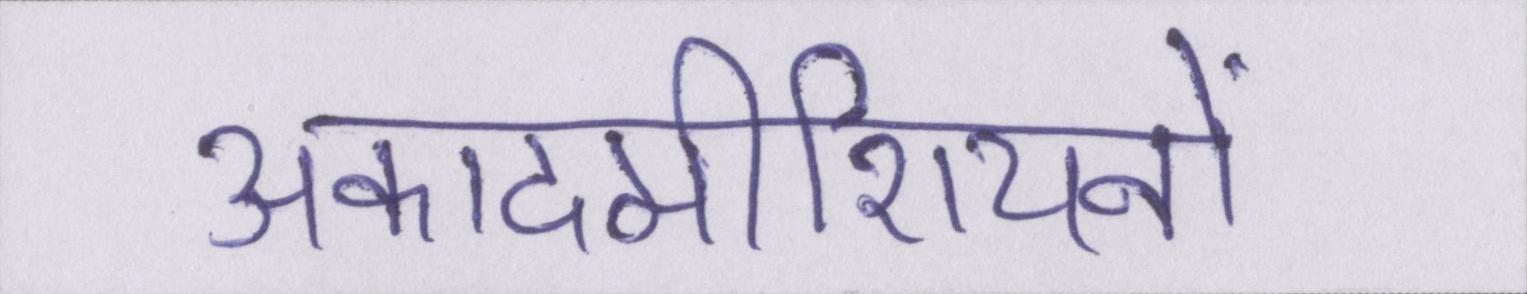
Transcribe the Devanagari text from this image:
अकादमीशियनों